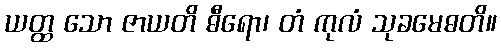
ယတ္ထ သော ဇာယတိ ဓီရော၊ တံ ကုလံ သုခမေဓတိ။